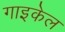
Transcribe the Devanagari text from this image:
गाइकेल